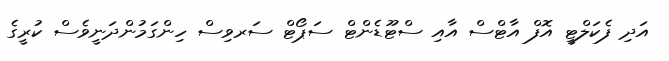
އަދި ފެކަލްޓީ އޮފް އާޓްސް އާއި ސްޓޫޑެންޓް ސަޕޯޓް ސަރވިސް ހިންގަމުންދަނީވެސް ކުރީގެ